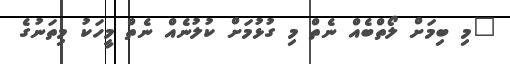
"މި ބިމަށް ލޯތްބެއް ނެތް މި ގުޅުމަށް ކުލުނެއް ނެތް މީހަކު މިތަނުގެ